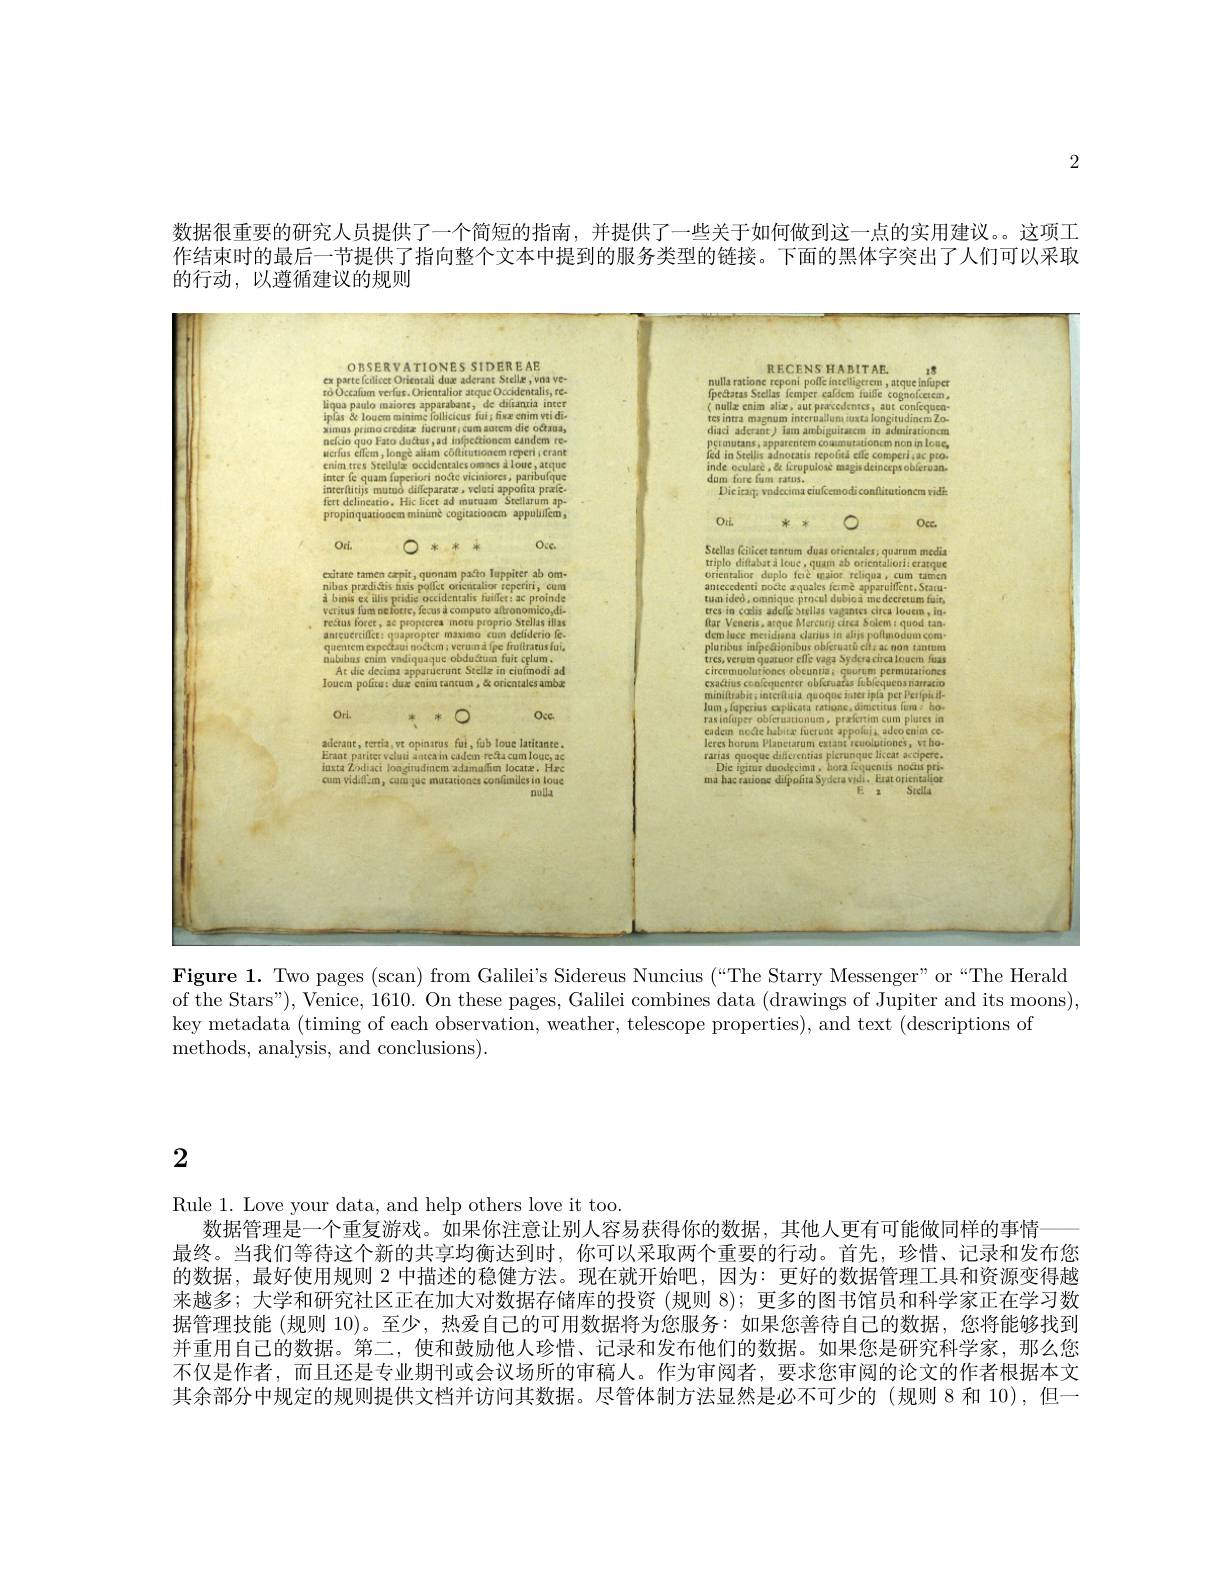
2

数据很重要的研究人员提供了一个简短的指南，并提供了一些关于如何做到这一点的实用建议。。这项工作结束时的最后一节提供了指向整个文本中提到的服务类型的链接。下面的黑体字突出了人们可以采取的行动，以遵循建议的规则

<FigureHere>

Figure 1. Two pages (scan) from Galilei's Sidereus Nuncius (“The Starry Messenger”or“The Herald of the Stars"), Venice, 1610. On these pages, Galilei combines data (drawings of Jupiter and its moons), key metadata (timing of each observation, weather, telescope properties), and text (descriptions of
methods, analysis, and conclusions) .

2

Rule 1. Love your data, and help others love it too.
数据管理是一个重复游戏。如果你注意让别人容易获得你的数据，其他人更有可能做同样的事情
最终。当我们等待这个新的共享均衡达到时，你可以采取两个重要的行动。首先，珍惜、记录和发布您的数据，最好使用规则 2 中描述的稳健方法。现在就开始吧，因为：更好的数据管理工具和资源变得越来越多；大学和研究社区正在加大对数据存储库的投资(规则 8);更多的图书馆员和科学家正在学习数据管理技能 (规则10)。至少，热爱自己的可用数据将为您服务：如果您善待自己的数据，您将能够找到并重用自己的数据。第二，使和鼓励他人珍惜、记录和发布他们的数据。如果您是研究科学家，那么您不仅是作者，而且还是专业期刊或会议场所的审稿人。作为审阅者，要求您审阅的论文的作者根据本文其余部分中规定的规则提供文档并访问其数据。尽管体制方法显然是必不可少的 (规则 8 和 10),但